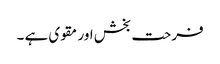
فرحت بخش اور مقوی ہے ۔